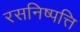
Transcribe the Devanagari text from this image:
रसनिष्पत्ति